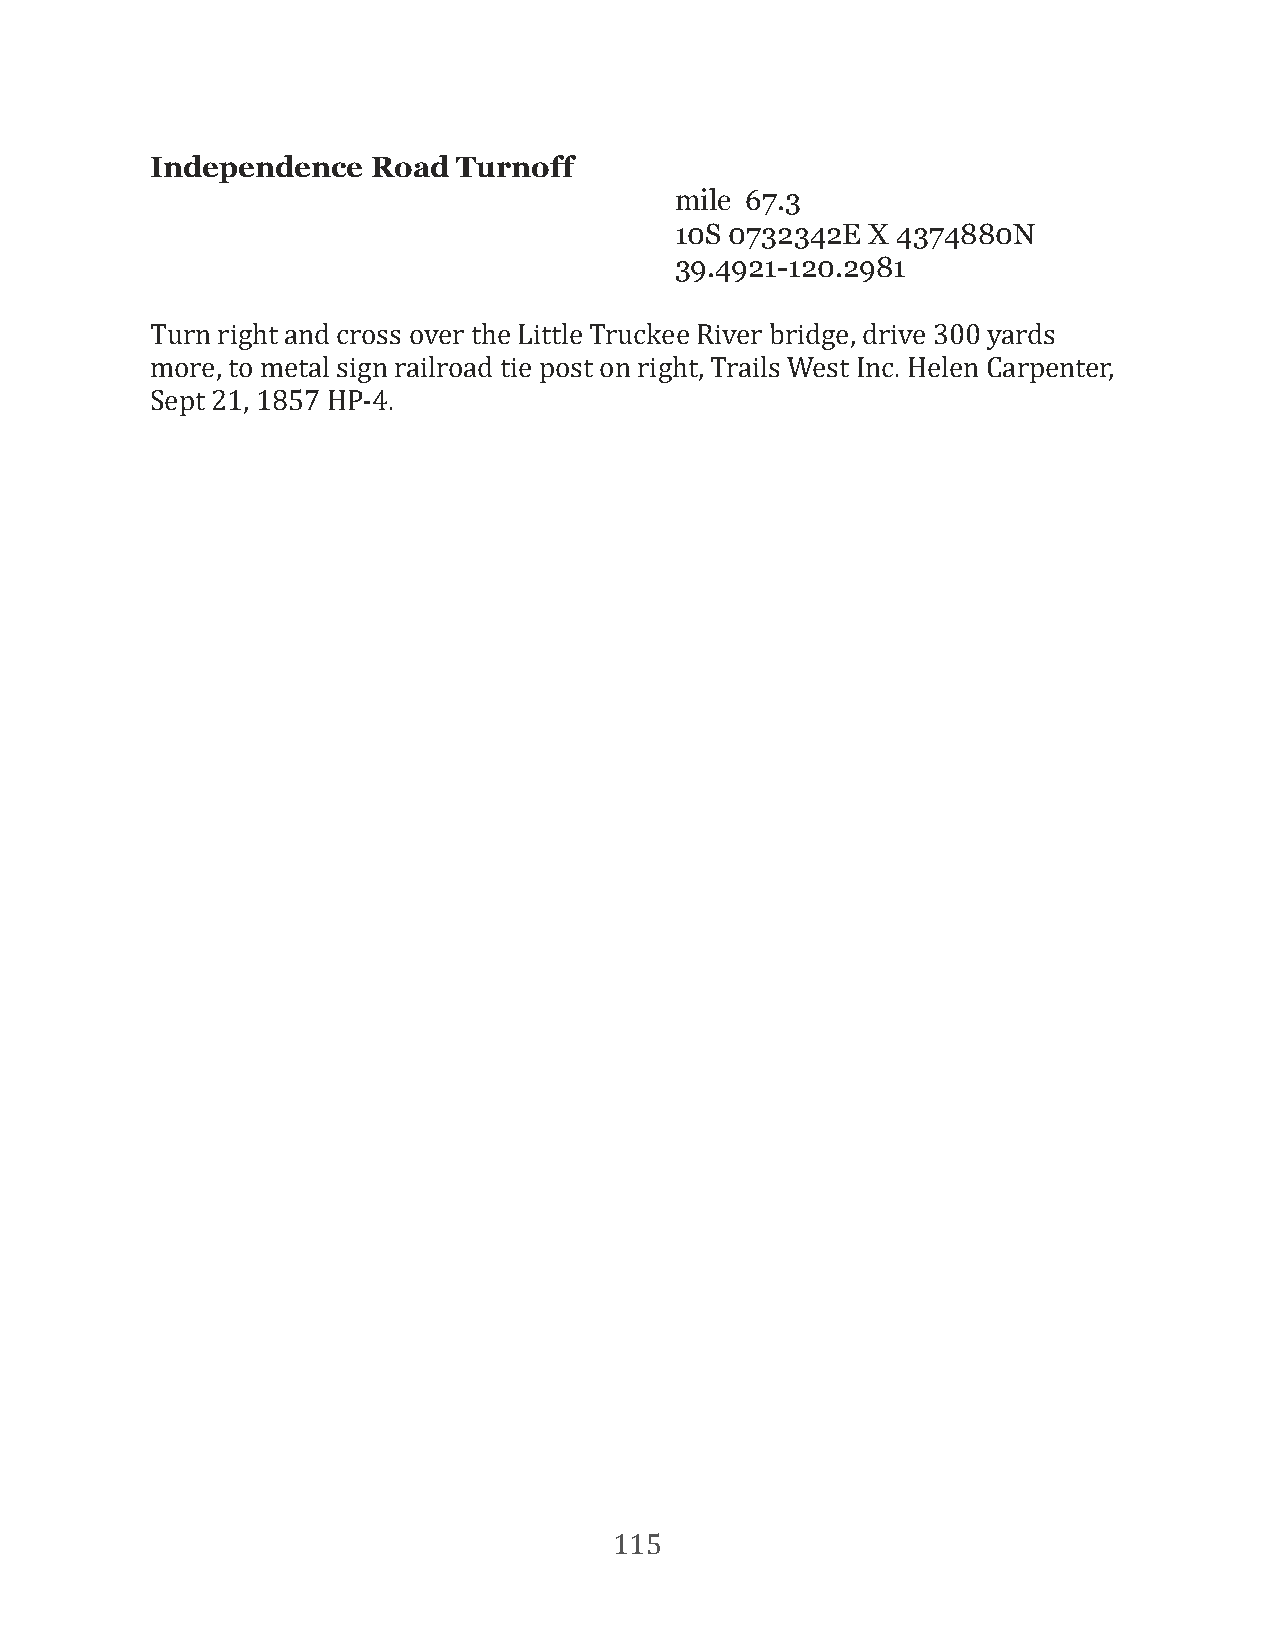
Independence   Road Turnoff
 mile 67.3
 10S 0732342E X 4374880N
 39.4921-120.2981
 Turn right and cross over the Little Truckee River bridge, drive 300 yards
 more, to metal sign railroad tie post on right, Trails West Inc. Helen Carpenter,
 Sept 21, 1857 HP-4.
 115